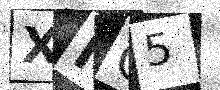
Text: XMC5